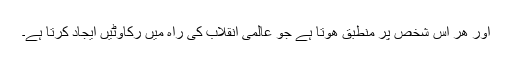
اور ھر اس شخص پر منطبق ھوتا ہے جو عالمی انقلاب كی راہ میں ركاوٹیں ایجاد كرتا ہے۔